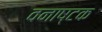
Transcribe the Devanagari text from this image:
वनाष्टक